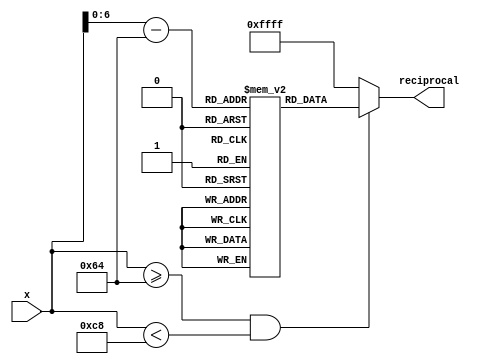
module lut_reciprocal (
    input wire [7:0] x,         // 8-bit input (fixed-point representation, e.g., 1.00 = 100, 1.01 = 101, ..., 1.99 = 199)
    output reg [15:0] reciprocal // 16-bit output (fixed-point representation of the reciprocal)
);

    // Define the size of the LUT
    localparam LUT_SIZE = 100; // For 1.00 to 1.99 with step of 0.01

    // LUT for reciprocals (pre-computed values)
    reg [15:0] lut [0:LUT_SIZE-1];

    initial begin
        // Pre-computed reciprocal values for 1.00 to 1.99
        lut[0]  = 16'h4000; // 1.00 -> 1.0000 (fixed-point)
        lut[1]  = 16'h3F8C; // 1.01 -> 0.9901
        lut[2]  = 16'h3F1A; // 1.02 -> 0.9804
        // ...
        lut[98] = 16'h3D70; // 1.98 -> 0.5051
        lut[99] = 16'h3D00; // 1.99 -> 0.5025
    end

    always @(*) begin
        // Default output for undefined cases
        reciprocal = 16'hFFFF; // Indicate error (undefined reciprocal)

        // Check input range
        if (x >= 100 && x < 200) begin
            // Calculate index for LUT
            // x = 100 corresponds to index 0, x = 199 corresponds to index 99
            reciprocal = lut[x - 100]; // Access the LUT
        end
    end

endmodule